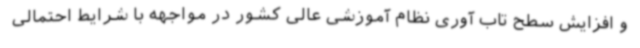
و افزایش سطح تاب آوری نظام آموزشی عالی کشور در مواجهه با شرایط احتمالی